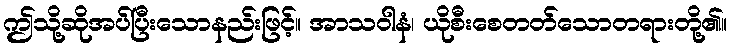
ဤသို့ဆိုအပ်ပြီးသောနည်းဖြင့်။ အာသဝါနံ၊ ယိုစီးစေတတ်သောတရားတို့၏။